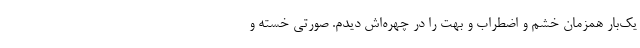
یک‌بار همزمان خشم و اضطراب و بهت را در چهره‌اش دیدم. صورتی خسته و